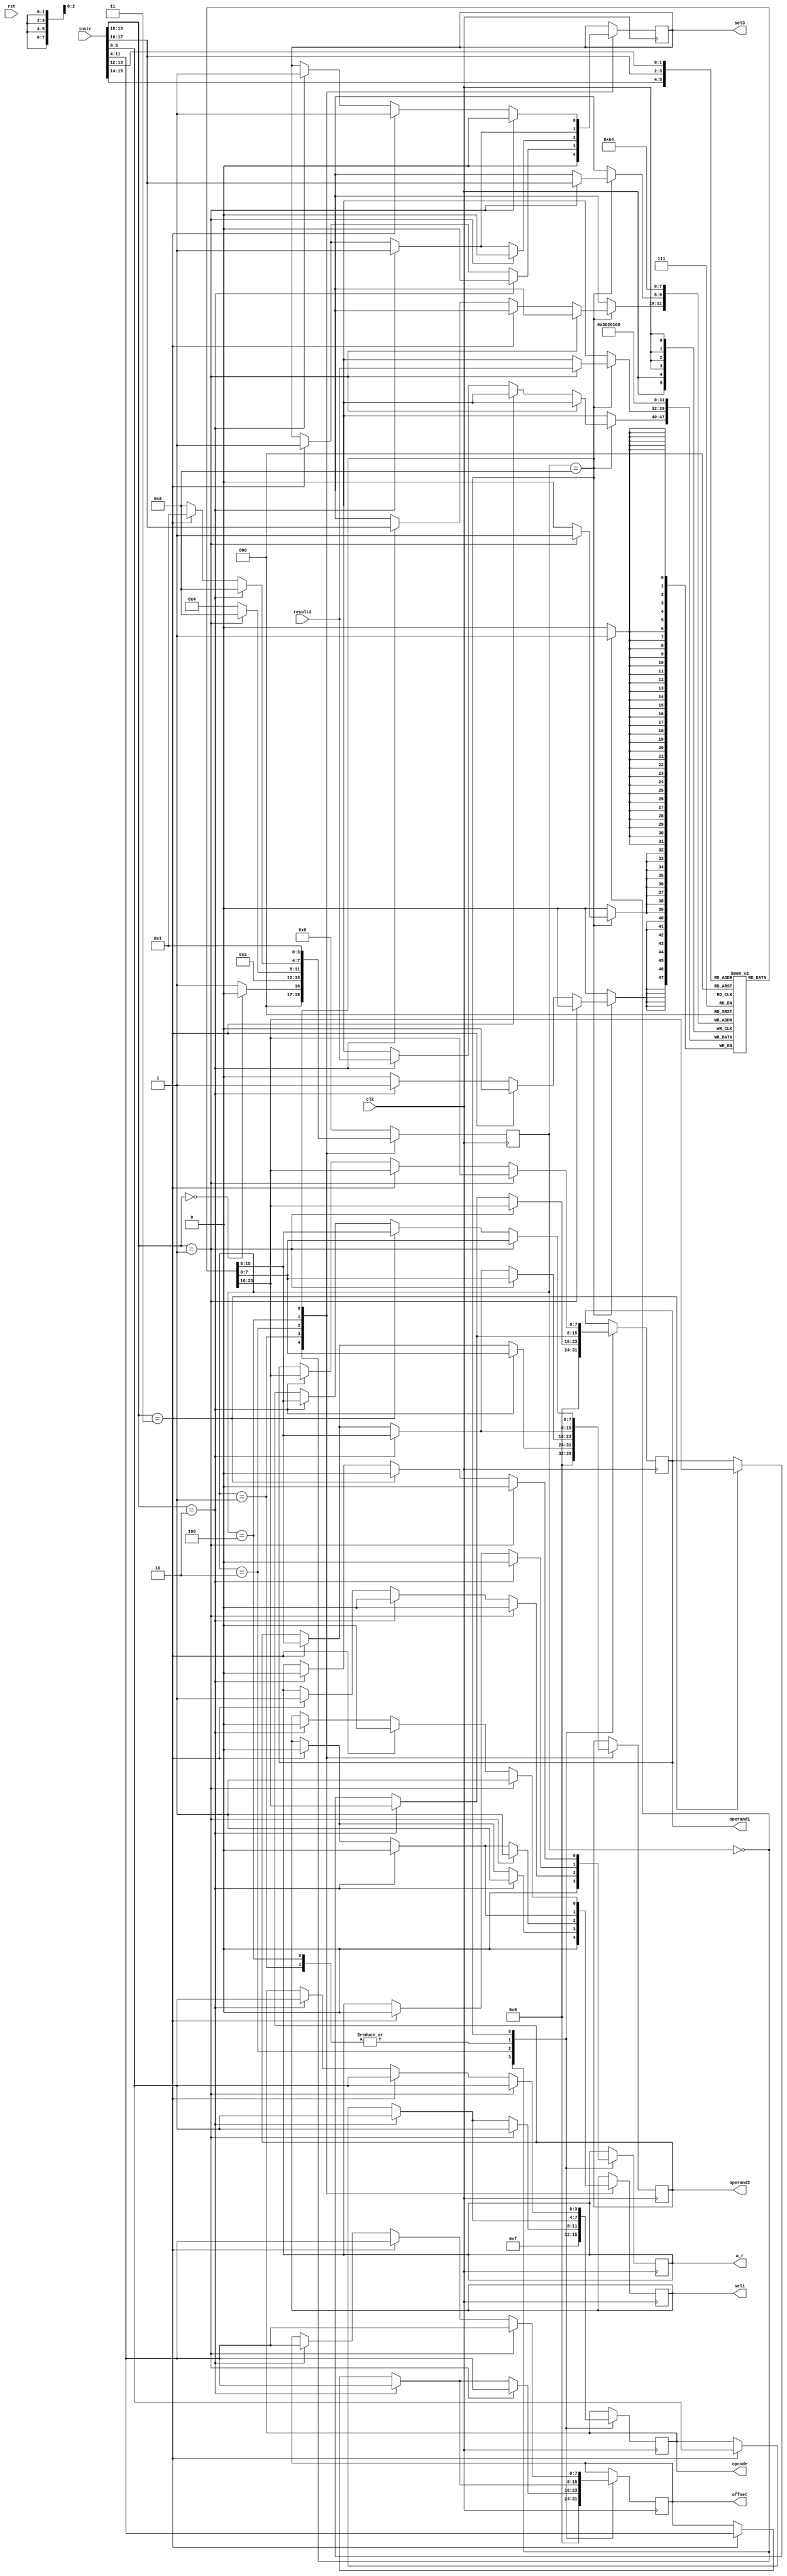
`timescale 1ns / 1ps

module CU (clk,rst, instr, result2, operand1, operand2, offset, opcode, sel1, sel3,w_r);
    //Defaults unless overwritten during instantiation
    parameter DATA_WIDTH = 8; //8 bit wide data
    parameter ADDR_BITS = 5; //32 Addresses
    parameter INSTR_WIDTH =20; 
    //INPUTS
    input clk,rst;
    input [INSTR_WIDTH-1:0]instr;
    input [DATA_WIDTH-1:0] result2;

    //OUTPUTS
    output reg [DATA_WIDTH-1:0] operand1;
    output reg [DATA_WIDTH-1:0] operand2;
    output reg [DATA_WIDTH-1:0] offset;
    output reg [3:0] opcode;
    output reg sel1, sel3, w_r;
  	//output reg regfileOut [0:3];

    //REGISTER FILE: CU internal register file of 4 registers.  This is a over simplication of a real solution
    reg [DATA_WIDTH-1:0] regfile [0:3];
    reg [INSTR_WIDTH-1:0]instruction;
    
    //STATES
    parameter RESET = 4'b0000;
    parameter DECODE = 4'b0001;
    parameter EXECUTE = 4'b0010;
    parameter MEM_ACCESS = 4'b0100;
    parameter WRITE_BACK = 4'b1000;
        
    reg [3:0] state = RESET;
    
    
    always @(posedge clk) begin
        instruction = instr;
        case (state)
            RESET : begin //#0
                if (instruction[19:18] == 2'b00)  begin
                    state = RESET; 
                    end else begin
                    state = DECODE; //#1
                    end
                	
                //-----------------------------
                //Write initial values to regfile
                regfile[0]<= 8'd0;
                regfile[1]<= 8'd1;
                regfile[2]<= 8'd2;
                regfile[3]<= 8'd3;

                //Set output reset defaults
                operand1 <= #(DATA_WIDTH)'d0;
                operand2 <= #(DATA_WIDTH)'d0;
                offset <= #(DATA_WIDTH)'d0;
                opcode <= 4'b1111;
                sel1 <= 0;
                sel3 <= 0;
                w_r <= 0;
                //-----------------------------
            end

            DECODE : begin //#1
                state = EXECUTE; //#2
              	if (instruction[19:18] == 2'b10) begin //std_op
                    operand1 <= regfile[instruction[15:14]]; //X2
                    operand2 <= regfile[instruction[13:12]]; //X3
                    offset <= instruction[11:4];
                    opcode <= instruction[3:0];
                    sel1 <= 1;
                    sel3 <= 0;
                    w_r <= 0;
                end else if (instruction[19:18] == 2'b10) begin //loadR 
                    operand1 <= regfile[instruction[15:14]]; //X2
                    operand2 <= regfile[instruction[17:16]]; //z
                    offset <= instruction[11:4];
                    opcode <= instruction[3:0];
                    sel1 <= 0; //pass data_out
                    sel3 <= 1; //pass offset
                    w_r <= 0;
                end else if (instruction[19:18] == 2'b11) begin //storeR 
                    operand1 <= regfile[instruction[15:14]]; //X2
                    operand2 <= regfile[instruction[17:16]]; //z
                    offset <= instruction[11:4];
                    opcode <= instruction[3:0];
                    sel1 <= 0; //pass data_out
                    sel3 <= 1; //pass offset
                    w_r <= 0; 
                end
            end
            EXECUTE: begin //#2
                state = MEM_ACCESS; //#3
              	if (instruction[19:18] == 2'b01) begin //std_op
                    state = WRITE_BACK;
                    operand1 <= regfile[instruction[15:14]]; //X2
                    operand2 <= regfile[instruction[13:12]]; //X3
                    offset <= instruction[11:4];
                    opcode <= instruction[3:0];
                    sel1 <= 1;
                    sel3 <= 0;
                    w_r <= 0; // 0 = read, 1 = write

                end else if (instruction[19:18] == 2'b10) begin //loadR  
                    operand1 <= regfile[instruction[15:14]]; //X2
                    operand2 <= regfile[instruction[17:16]]; //z
                    offset <= instruction[11:4];
                    opcode <= instruction[3:0];
                    sel1 <= 0; //pass data_out
                    sel3 <= 1; //pass offset
                    w_r <= 0;
                end else if (instruction[19:18] == 2'b11) begin //storeR
                   	operand1 <= regfile[instruction[15:14]]; //X2
                    operand2 <= regfile[instruction[17:16]]; //z
                    offset <= instruction[11:4];
                    opcode <= instruction[3:0];
                    sel1 <= 0; //pass data_out
                    sel3 <= 1; //pass offset
                    w_r <= 1; 
                end
            end
            MEM_ACCESS: begin //#3
                state = WRITE_BACK; //#4
                if (instruction[19:18] == 2'b10) begin //loadR             
                    operand1 <= regfile[instruction[15:14]]; //X2
                    operand2 <= regfile[instruction[17:16]]; //z
                    offset <= instruction[11:4];
                    opcode <= instruction[3:0];
                    sel1 <= 0; //pass data_out
                    sel3 <= 1; //pass offset
                    w_r <= 0;
                end else if (instruction[19:18] == 2'b11) begin //storeR 
                    state = DECODE;
                  	operand1 <= regfile[instruction[15:14]]; //X2
                    operand2 <= regfile[instruction[17:16]]; //z
                    offset <= instruction[11:4];
                    opcode <= instruction[3:0];
                    sel1 <= 0; //pass data_out
                    sel3 <= 1; //pass offset
                    w_r <= 0; 
                end
            end
            WRITE_BACK: begin //#4
                state = DECODE; //#1
                if (instruction[19:18] == 2'b01) begin //std_op
                    regfile[instruction[17:16]] <= result2; //X1

                    operand1 <= regfile[instruction[15:14]]; //X2
                    operand2 <= regfile[instruction[13:12]]; //X3
                    offset <= instruction[11:4];
                    opcode <= instruction[3:0];
                    sel1 <= 1;
                    sel3 <= 0;
                    w_r <= 0;
                end else if (instruction[19:18] == 2'b11) begin //storeR 
                    operand1 <= regfile[instruction[15:14]]; //X2
                    operand2 <= regfile[instruction[17:16]]; //z
                    offset <= instruction[11:4];
                    opcode <= instruction[3:0];
                    sel1 <= 0; //pass data_out
                    sel3 <= 1; //pass offset
                    w_r <= 0; 
                    
                end else if (instruction[19:18] == 2'b10) begin //loadR             			
                    regfile[instruction[17:16]] <= result2; //From data mem
                    operand1 <= regfile[instruction[15:14]]; //X2
                    operand2 <= regfile[instruction[17:16]]; //z
                    offset <= instruction[11:4];
                    opcode <= instruction[3:0];
                    sel1 <= 0; //pass data_out
                    sel3 <= 1; //pass offset
                    w_r <= 0;
                end
            end

            default: // Fault Recovery
            state = RESET; //#0
        endcase
     // regfileOut[0] = regfile[0];
     // regfileOut[1] = regfile[1];
     // regfileOut[2] = regfile[2];
     // regfileOut[3] = regfile[3];
    end
endmodule